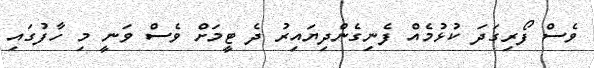
ވެސް ފޯރިގަދަ ކުޅުމެއް ފެނިގެންދިޔައިރު ދެ ޓީމަށް ވެސް ވަނީ މި ހާފުގައި